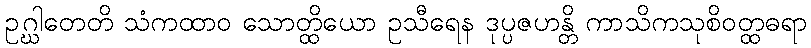
ဥဂ္ဃါတေတိ သံကထာဝ သောတ္ထိယော ဥသီရေန ဒုပ္ပဇဟန္တိ ကာသိကသုစိဝတ္ထဓရာ